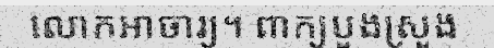
លោកអាចារ្យ។ ពាក្យបួងស្រួង